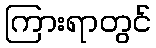
ကြားရာတွင်